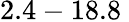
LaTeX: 2.4-18.8\